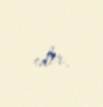
edir.